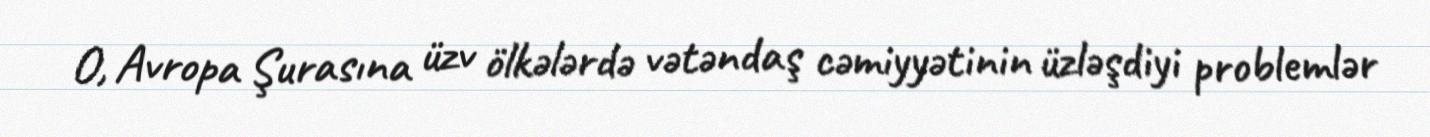
O, Avropa Şurasına üzv ölkələrdə vətəndaş cəmiyyətinin üzləşdiyi problemlər